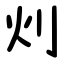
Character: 灲